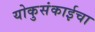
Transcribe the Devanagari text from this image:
योकुसंकाईचा